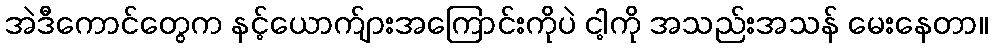
အဲဒီကောင်တွေက နင့်ယောက်ျားအကြောင်းကိုပဲ ငါ့ကို အသည်းအသန် မေးနေတာ။